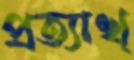
প্রত্যাখ্